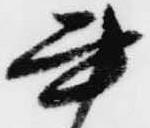
書